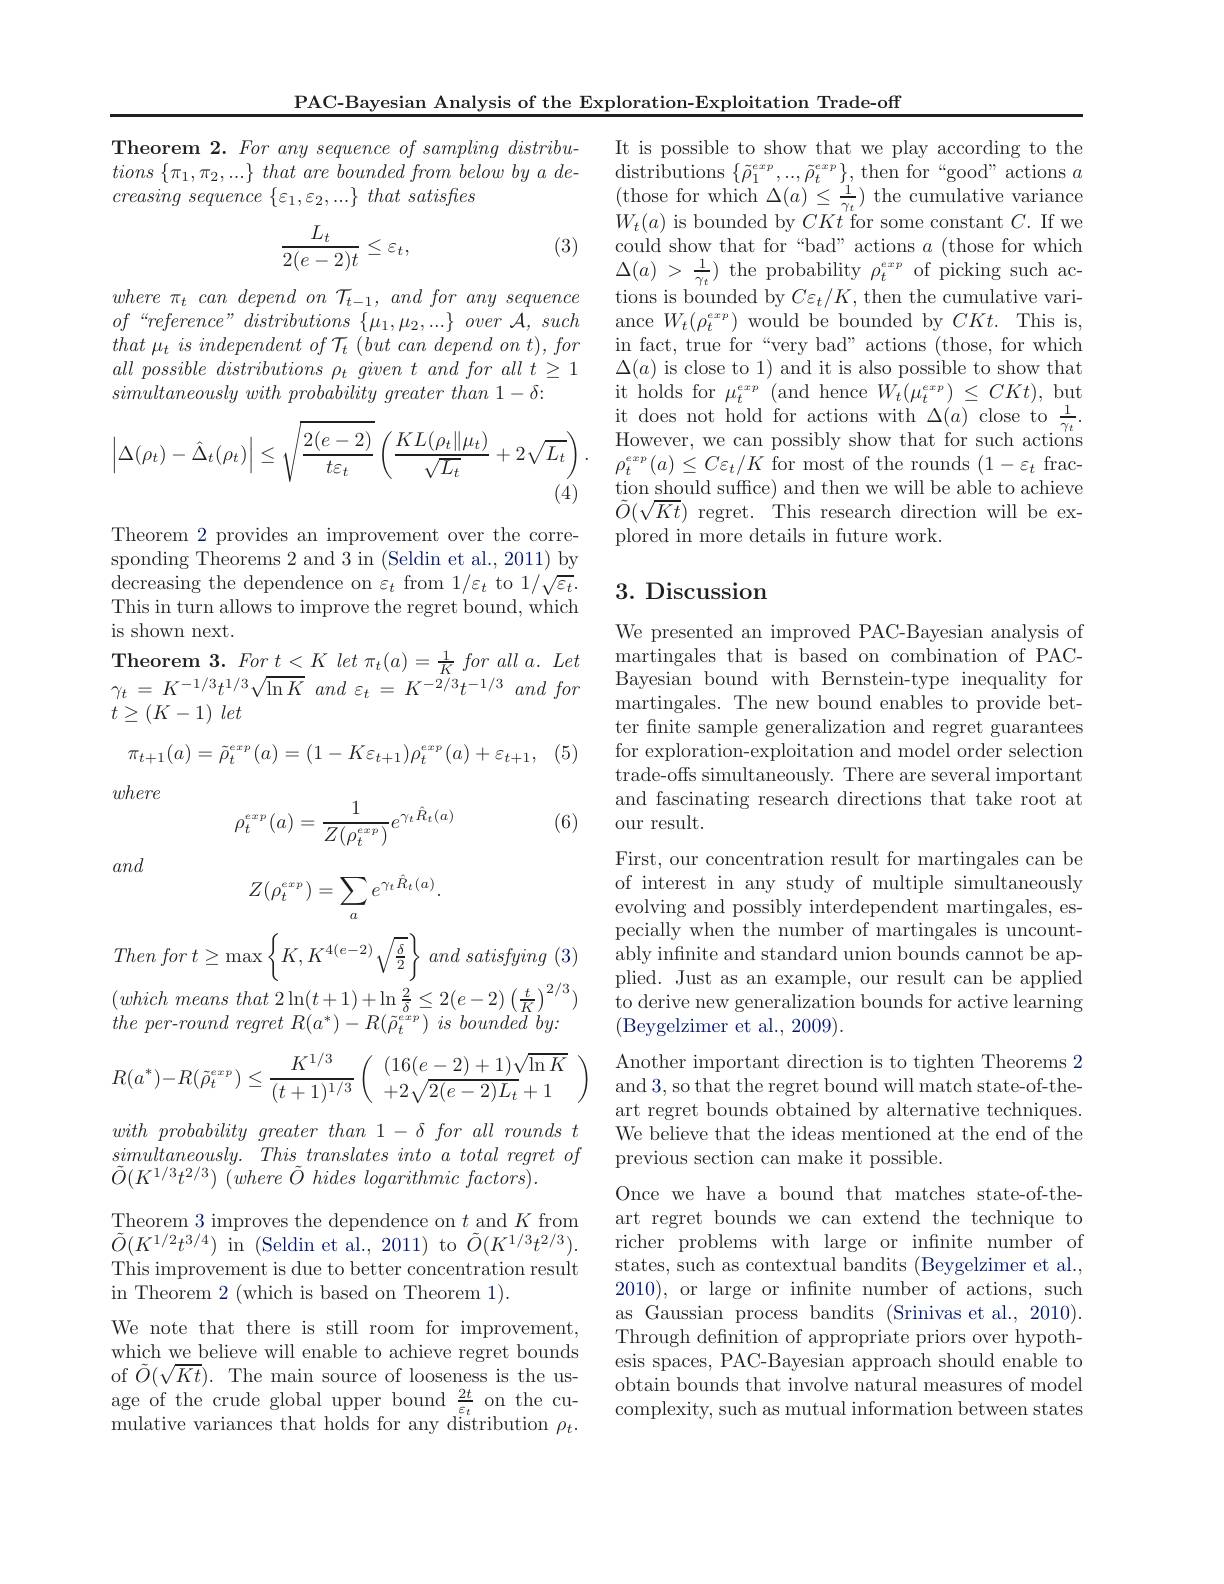
PAC-Bayesian Analysis of the Exploration-Exploitation Trade-off

Theorem 2. For any sequence of sampling distributions $\{ \pi _{1}, \pi _{2}, . . . \}$ that are bounded from below $by$ $a$ $de-$ $creasing\textit{ sequence }\{ \varepsilon _1, \varepsilon _2, . . . \} \textit{ that satisfies}$

(3)
$$\frac{L_t}{2(e-2)t}\leq\varepsilon_t,$$
where $\pi _t$ can depend $on$ $\mathcal{T} _{t- 1}$, and for any sequence $of“ reference” distributions$ $\{ \mu _1, \mu _2, . . . \}$ over $\mathcal{A} $, such $that\mu_{t}\textit{ is independent of T}_{t}\begin{pmatrix}but&can&depend&on&t\end{pmatrix},for$ $all\textit{ possible distributions }_t\textit{ given t and for all t 1}$ $simultaneouslywith probability greater than 1-\delta:$
$$\left|\Delta(\rho_t)-\hat{\Delta}_t(\rho_t)\right|\leq\sqrt{\frac{2(e-2)}{t\varepsilon_t}}\left(\frac{KL(\rho_t\|\mu_t)}{\sqrt{L_t}}+2\sqrt{L_t}\right).$$
Theorem 2 provides an improvement over the corresponding Theorems 2 and $\bar{3}$ in (Seldin et al., 2011) by decreasing the dependence on $\varepsilon _{t}$ from 1/ $\varepsilon _{t}$ to 1/ $\sqrt {\varepsilon _{t}}$. This in turn allows to improve the regret bound, which is shown next.
Theorem $3.Fort<Klet\pi_{t}(a)=\frac{1}{K}foralla.Let$ $\gamma _{t}$ = $K^{- 1/ 3}t^{1/ 3}\sqrt {\ln K}$ and $\varepsilon _{t}$ = $K^{- 2/ 3}t^{- 1/ 3}$ and for $t\geq ( K- 1)$ let
$$\pi_{t+1}(a)=\tilde{\rho}_{t}^{exp}(a)=(1-K\varepsilon_{t+1})\rho_{t}^{exp}(a)+\varepsilon_{t+1},$$
(5)
where
$$\rho_t^{exp}(a)=\frac{1}{Z(\rho_t^{exp})}e^{\gamma_t\hat{R}_t(a)}$$
(6)
$$Z(\rho_t^{exp})=\sum_ae^{\gamma_t\hat{R}_t(a)}.$$
and

$\begin{aligned}(which~means~that~2\ln(t+1)+\ln\frac{2}{\delta}\leq2(e-2)\left(\frac{t}{K}\right)^{2/3})&\text{plied. Just as an example, our result can be applied}\\the~ner-round~rearet~R(a^*)-R(\vec{a}^{cx\cdot p})~is~bounded~bu:\end{aligned}$
the $per- round$ regret $R( a^{* }) - R( \tilde{\rho } _{t}^{exp})$ $is$ bounded $by.$

Then for $t\geq \max \left \{ K, K^{4( e- 2) }\sqrt {\frac \delta 2}\right \}$ and satisfying (3)
$$R(a^*)-R(\tilde{\rho}_t^{exp})\leq\frac{K^{1/3}}{(t+1)^{1/3}}\left(\begin{array}{l}(16(e-2)+1)\sqrt{\ln K}\\+2\sqrt{2(e-2)L_t}+1\end{array}\right)$$
with probability greater than $1- \delta$ for all rounds $t$

$simultaneously.$ $This\_ translates$ into $a$ total regret $of$
$\tilde{O} ( K^{1/ 3}t^{2/ 3})$ $( where$ $\tilde{O}$ hides logarithmic $factors) .$

Theorem 3 improves the dependence on $t$ and $K$ from $\tilde{O}(K^{1/2}t^{3/4})\stackrel{\mathrm{i~i~}}{\text{ in }}($Seldin et al., 2011) to $\tilde{O}(K^{1/3}t^{2/3}).$ This improvement is due to better concentration result in Theorem 2 (which is based on Theorem 1).

We note that there is still room for improvement, which we believe will enable to achieve regret bounds of $\tilde{O}(\sqrt{Kt}).$ The main source of looseness is the usage of the crude global upper bound $\frac{2t}{\varepsilon_{t}}$ on the cumulative variances that holds for any distribution $\rho_{t}.$

It is possible to show that we play according to the $\operatorname*{distributions}\left\{\tilde{\rho}_{1}^{exp},..,\tilde{\rho}_{t}^{exp}\right\}$,then for“good”actions $a$ $\begin{array}{l}(\text{those for which }\Delta(a)\leq\frac{1}{\gamma_{t}})\text{ the cumulative variance}\\W_{t}(a)\text{ is bounded by }CKt\text{ for some constant }C.\text{ If we}\end{array}$ could show that for“bad” actions $a$ (those for which $\Delta ( a)$ > $\frac 1{\gamma _{t}}$ ) the probability $\rho_t^{exp}$ of picking such actions is bounded by $C\varepsilon_t/K$, then the cumulative variance $W_t(\rho_t^{exp})$ would be bounded by $CKt.$ This is, in fact, true for“very bad” actions (those, for which $\Delta(a)$ is close to 1) and it is also possible to show that it holds for $\mu_{t}^{exp}$ (and hence $W_{t}(\mu_{t}^{exp})\leq CKt)$,but it does not hold for actions with $\Delta(a)$ close to $\frac1{\gamma_t}.$ However, we can possibly show that for such actions $\rho_{t}^{exp}\left(a\right)\leq C\varepsilon_{t}/K$ for most of the rounds $\left(1-\varepsilon_{t}\right.$fraction should suffice) and then we will be able to achieve $\tilde{O}(\sqrt{Kt})$ regret. This research direction will be explored in more details in future work.

## 3. Discussion

We presented an improved PAC-Bayesian analysis of martingales that is based on combination of PACBayesian bound with Bernstein-type inequality for martingales. The new bound enables to provide better fnite sample generalization and regret guarantees for exploration-exploitation and model order selection trade-offs simultaneously. There are several important and fascinating research directions that take root at our result.
First, our concentration result for martingales can be of interest in any study of multiple simultaneously evolving and possibly interdependent martingales, especially when the number of martingales is uncountably infinite and standard union bounds cannot be applied. Just as an example, our result can be applied (Beygelzimer et al., 2009).
Another important direction is to tighten Theorems 2 and 3, so that the regret bound will match state-of-theart regret bounds obtained by alternative techniques. We believe that the ideas mentioned at the end of the previous section can make it possible.
Once we have a bound that matches state-of-theart regret bounds we can extend the technique to richer problems with large or infinite number of states, such as contextual bandits (Beygelzimer et al., 2010), or large or infinite number of actions, such as Gaussian process bandits (Srinivas et al., 2010). Through defnition of appropriate priors over hypothesis spaces, PAC-Bayesian approach should enable to obtain bounds that involve natural measures of model complexity, such as mutual information between states